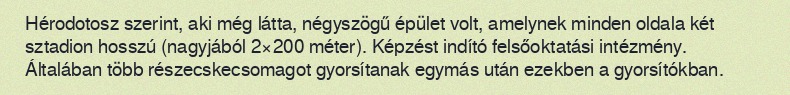
Hérodotosz szerint, aki még látta, négyszögű épület volt, amelynek minden oldala két sztadion hosszú (nagyjából 2×200 méter). Képzést indító felsőoktatási intézmény. Általában több részecskecsomagot gyorsítanak egymás után ezekben a gyorsítókban.